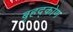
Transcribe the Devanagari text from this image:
बृहद्कोण